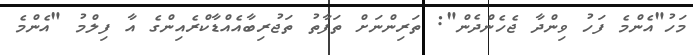
މަހު"އެންމެ ފަހު ވިންދާ ޖެހެންދެން": ތަރިންނަށް ތަފާތު ތަޖުރިބާއެއްޑާކްރެއިންގެ އާ ފިލްމު "އެންމެ